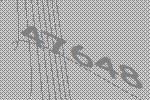
47648